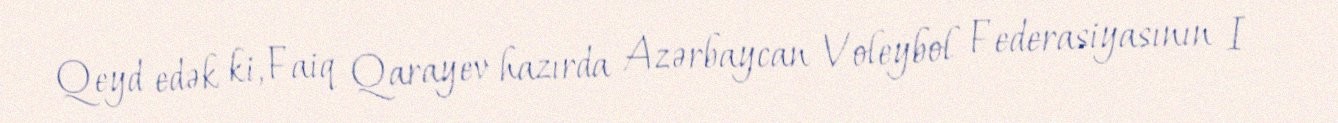
Qeyd edək ki, Faiq Qarayev hazırda Azərbaycan Voleybol Federasiyasının I